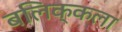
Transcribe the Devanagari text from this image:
बलिक्कला